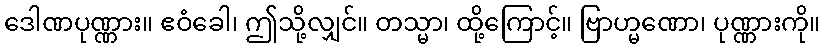
ဒေါဏပုဏ္ဏား။ ဧဝံခေါ၊ ဤသို့လျှင်။ တသ္မာ၊ ထို့ကြောင့်။ ဗြာဟ္မဏော၊ ပုဏ္ဏားကို။